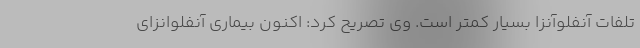
تلفات آنفلوآنزا بسیار کمتر است. وی تصریح کرد: اکنون بیماری آنفلوانزای